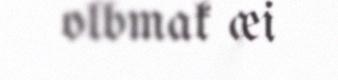
olbmak æi